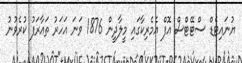
ޔުނައިޓެޑް ސްޓޭޓްސް އޮފް އެމެރިކާގައި މީލާދީން 1876 ވަނަ އަހަރު ތައާރަފު ކުރެވުނު